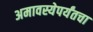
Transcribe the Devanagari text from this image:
अमावस्येपर्यंतचा